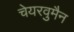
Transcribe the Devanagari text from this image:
चेयरवुमैन